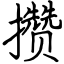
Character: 攒